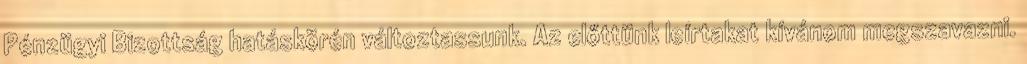
Pénzügyi Bizottság hatáskörén változtassunk. Az előttünk leírtakat kívánom megszavazni.